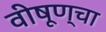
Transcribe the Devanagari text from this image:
वीषूण्चा